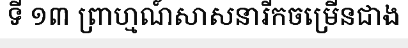
ទី ១៣ ព្រាហ្មណ៍សាសនារីកចម្រើនជាង